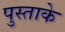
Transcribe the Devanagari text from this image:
पुस्ताके